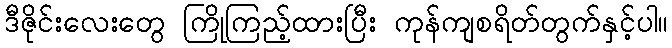
ဒီဇိုင်းလေးတွေ ကြိုကြည့်ထားပြီး ကုန်ကျစရိတ်တွက်နှင့်ပါ။